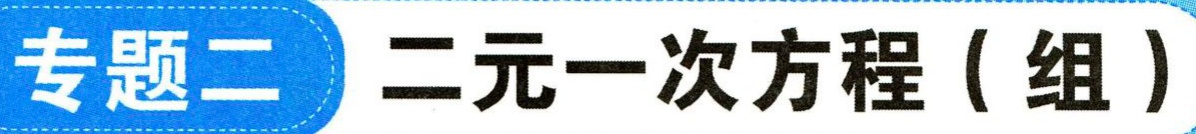
专题二 二元一次方程（组）